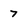
Character: 7